Annual returns of the Patna Lunatic Asylum at Bankipore in Bihar and Orissa - 1912-1924
Year: 1912
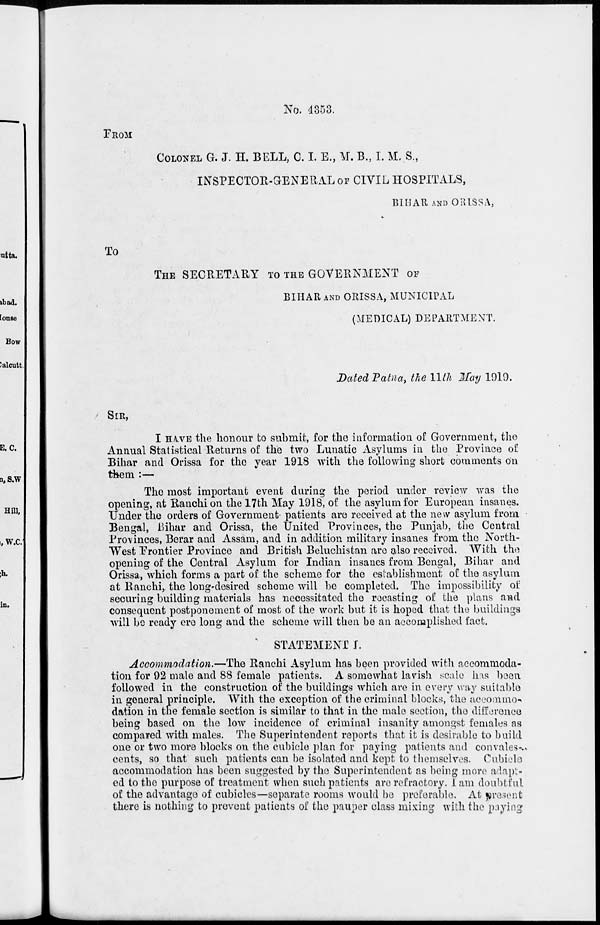
No. 4353.
FROM
COLONEL G. J. H. BELL, C. I. E., M. B., I. M. S.,
INSPECTOR-GENERAL OF CIVIL HOSPITALS,
BIHAR AND ORISSA,
To
THE SECRETARY TO THE GOVERNMENT OF
BIHAR AND ORISSA, MUNICIPAL
(MEDICAL) DEPARTMENT.
Dated Patna, the 11th May 1919.
SIR,
I HAVE the honour to submit, for the information of Government, the
Annual Statistical Returns of the two Lunatic Asylums in the Province of
Bihar and Orissa for the year 1918 with the following short comments on
them :—
The most important event during the period under review was the
opening, at Ranchi on the 17th May 1918, of the asylum for European insanes.
Under the orders of Government patients are received at the new asylum from
Bengal, Bihar and Orissa, the United Provinces, the Punjab, the Central
Provinces, Berar and Assam, and in addition military insanes from the North-
West Frontier Province and British Beluchistan are also received. With the
opening of the Central Asylum for Indian insanes from Bengal, Bihar and
Orissa, which forms a part of the scheme for the establishment of the asylum
at Ranchi, the long-desired scheme will be completed. The impossibility of
securing building materials has necessitated the recasting of the plans and
consequent postponement of most of the work but it is hoped that the buildings
will be ready ere long and the scheme will then be an accomplished fact.
STATEMENT I.
Accommodation.—The Ranchi Asylum has been provided with accommoda-
tion for 92 male and 88 female patients. A somewhat lavish scale has been
followed in the construction of the buildings which are in every way suitable
in general principle. With the exception of the criminal blocks, the accommo-
dation in the female section is similar to that in the male section, the difference
being based on the low incidence of criminal insanity amongst females as
compared with males. The Superintendent reports that it is desirable to build
one or two more blocks on the cubicle plan for paying patients and convales-
cents, so that such patients can be isolated and kept to themselves. Cubicle
accommodation has been suggested by the Superintendent as being more adapt-
ed to the purpose of treatment when such patients are refractory. I am doubtful
of the advantage of cubicles—separate rooms would be preferable. At present
there is nothing to prevent patients of the pauper class mixing with the paying